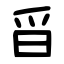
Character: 㸓